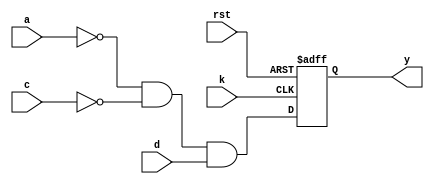
module clb_ec(
	input a,
	input c,
	input d,
	input k,
	input rst,
	output y
);

	wire f;
	reg q;
	
	assign f = ~a & ~c & d;
	
	always @(posedge k, negedge rst) begin
		if (rst == 1'b0) begin
			q <= 1'b0;
		end else begin
			q <= f;
		end
	end
	
	assign y = q;

endmodule